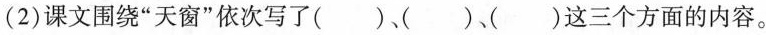
(2)课文围绕”天窗”依次写了()、()、()这三个方面的内容。